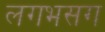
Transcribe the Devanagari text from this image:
लगभसग